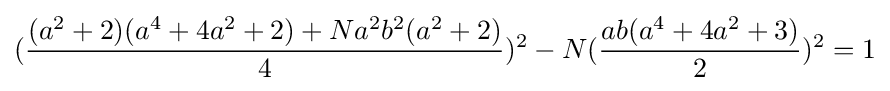
({\frac {(a^{2}+2)(a^{4}+4a^{2}+2)+Na^{2}b^{2}(a^{2}+2)}{4}})^{2}-N({\frac {ab(a^{4}+4a^{2}+3)}{2}})^{2}=1